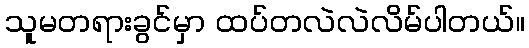
သူမတရားခွင်မှာ ထပ်တလဲလဲလိမ်ပါတယ်။